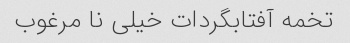
تخمه آفتابگردات خیلی نا مرغوب